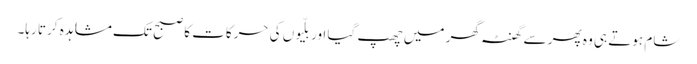
شام ہوتے ہی وہ پھر سے گھنٹہ گھر میں چھپ گیا اور بلّیوں کی حرکات کا صبح تک مشاہدہ کرتا رہا۔